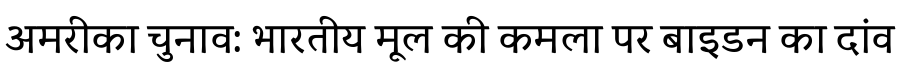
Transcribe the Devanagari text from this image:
अमरीका चुनाव: भारतीय मूल की कमला पर बाइडन का दांव